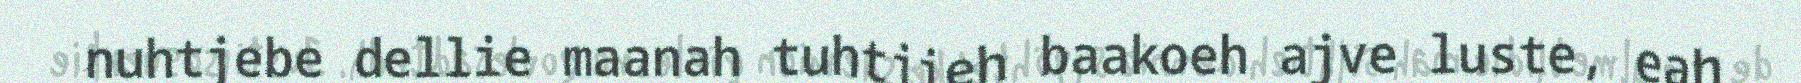
nuhtjebe dellie maanah tuhtjieh baakoeh ajve luste, eah